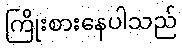
ကြိုးစားနေပါသည်